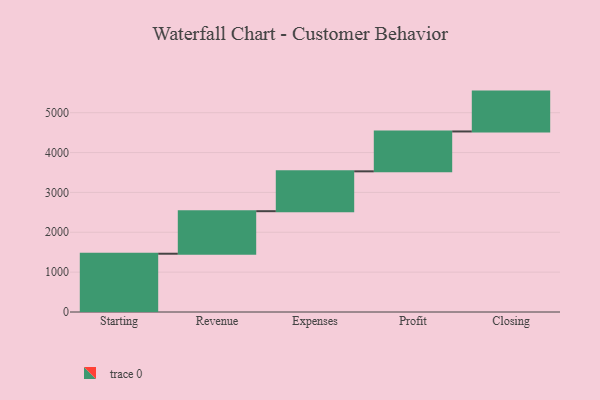
{"axis": {"x": "Step", "y": "Value"}, "legend": [""], "data": [{"x": "Starting", "y": 1462.0, "type": ""}, {"x": "Revenue", "y": 1067.0, "type": ""}, {"x": "Expenses", "y": 1000, "type": ""}, {"x": "Profit", "y": 1000, "type": ""}, {"x": "Closing", "y": 1000, "type": ""}]}